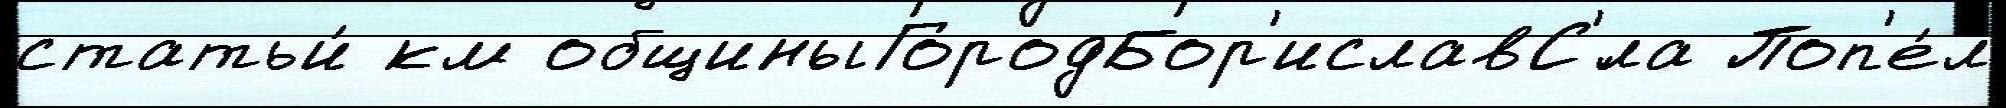
статьи́ км общиныГородБор'иславС'́ла Поп'е́л